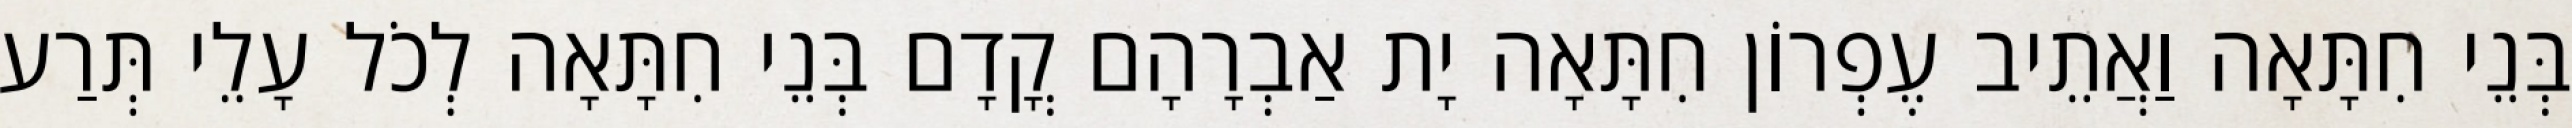
בְּנֵי חִתָּאָה וַאֲתֵיב עֶפְרוֹן חִתָּאָה יָת אַבְרָהָם קֳדָם בְּנֵי חִתָּאָה לְכֹל עָלֵי תְּרַע